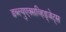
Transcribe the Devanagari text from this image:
डब्ल्युएक्सव्हिड्जेट्स